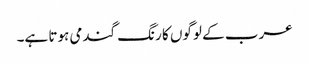
عرب کے لوگوں کا رنگ گندمی ہوتا ہے۔